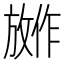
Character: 𪯕